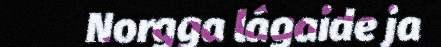
Norgga lágaide ja